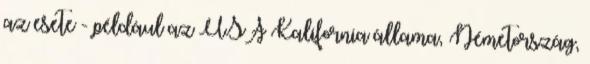
az esete - például az USA Kalifornia állama, Németország,